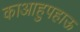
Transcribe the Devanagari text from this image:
काआहुपहाऊ